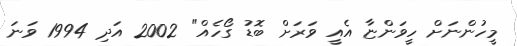
މީހުންނަށް ހީވަންޏާ އެއީ ވަރަށް ބޮޑު ގޯހެއް" 2002 އަދި 1994 ވަނަ